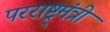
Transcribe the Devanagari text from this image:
परराष्ट्र्मंत्री